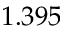
1 . 3 9 5